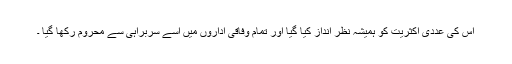
اس کی عددی اکثریت کو ہمیشہ نظر انداز کیا گیا اور تمام وفاقی اداروں میں اسے سربراہی سے محروم رکھا گیا ۔